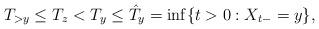
LaTeX: \begin{align*}T_{>y}\leq T_z<T_y\leq \hat{T}_y=\inf\{t>0:X_{t-}=y\},\end{align*}